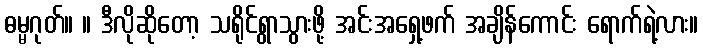
ဓမ္မဂုတ်။ ။ ဒီလိုဆိုတော့ သရိုင်ရွာသွားဖို့ အင်းအရှေ့ဖက် အချိန်ကောင်း ရောက်ရဲ့လား။